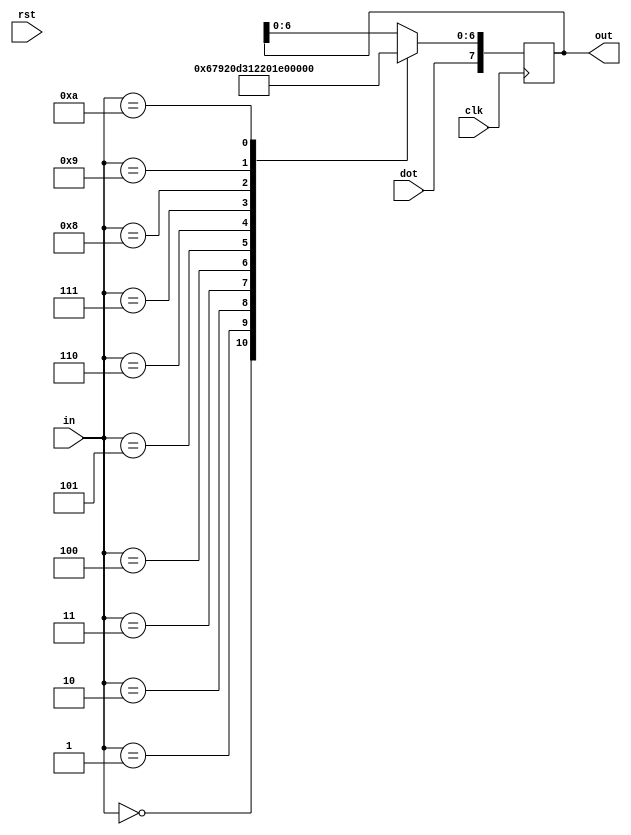

module seven_seg(
input clk,
input rst,
input [3:0] in,
input dot,
output reg [7:0] out

    );
    

    always @(posedge(clk)) begin
    
                    case(in)
                        4'b0000:            //0
                        out[6:0] = 7'b0000001;    
                        4'b0001:            //1
                         out[6:0] = 7'b1001111;
                        4'b0010:            //2
                         out[6:0] = 7'b0010010; 
                        4'b0011:            //3
                         out[6:0] = 7'b0000110;
                        4'b0100:            //4
                         out[6:0] = 7'b1001100;
                        4'b0101:            //5
                         out[6:0] = 7'b0100100;
                        4'b0110:            //6
                         out[6:0] = 7'b0100000;
                        4'b0111:            //7
                         out[6:0] = 7'b0001111;
                        4'b1000:            //8
                         out[6:0] = 7'b0000000;
                        4'b1001:            //9
                         out[6:0] = 7'b0000100;
                        4'b1010://negative sign
                         out[6:0] = 7'b1111110;                        

                    endcase 
                    out[7] <= dot;
                   
             
    end
    
    
  
endmodule